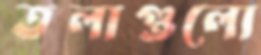
তলাগুলো